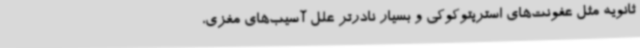
ثانویه مثل عفونت‌های استرپتوکوکی و بسیار نادرتر علل آسیب‌های مغزی،